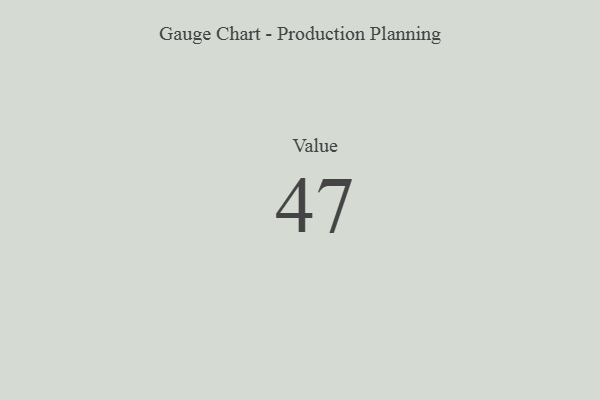
{"axis": {"x": "Metric", "y": "Value"}, "legend": [""], "data": [{"x": "Value", "y": 47, "type": ""}]}